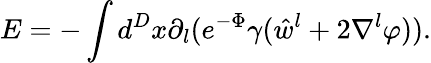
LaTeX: E=-\int d^{D}x\partial_{l}(e^{-\Phi}\gamma(\hat{w}^{l}+2\nabla^{l}\varphi)).